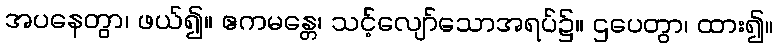
အပနေတွာ၊ ဖယ်၍။ ဧကမန္တေ၊ သင့်လျော်သောအရပ်၌။ ဌပေတွာ၊ ထား၍။